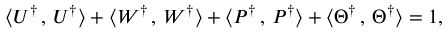
\langle U ^ { \dagger } \, , \, U ^ { \dagger } \rangle + \langle W ^ { \dagger } \, , \, W ^ { \dagger } \rangle + \langle P ^ { \dagger } \, , \, P ^ { \dagger } \rangle + \langle \Theta ^ { \dagger } \, , \, \Theta ^ { \dagger } \rangle = 1 ,